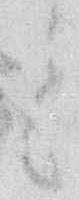
と